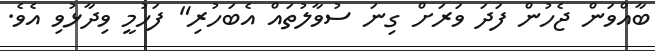
ބާއްވަން ޖެހުން ފަދަ ވަރަށް ގިނަ ސުވާލުތައް އެބަހުރި" ފަހުމީ ވިދާޅުވި އެވެ.